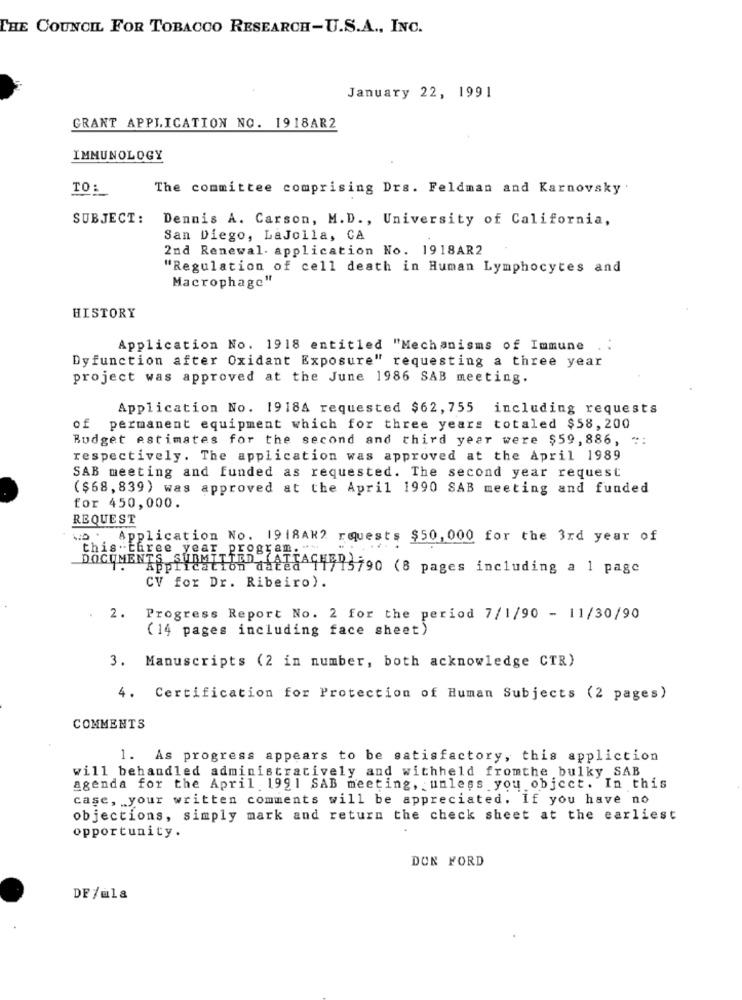
THE COUNCIL FOR TOBACCO RESEARCH-U.S.A ., INC.
January 22, 1991
GRANT APPLICATION NO. 1918AR2
IMMUNOLOGY
TO:
The committee comprising Drs. Feldman and Karnovsky
SUBJECT:
Dennis A. Carson, M.D ., University of California,
San Diego, LaJolla, CA
2nd Renewal. application No. 1918AR2
"Regulation of cell death in Human Lymphocytes and
Macrophage"
HISTORY
Application No. 1918 entitled "Mechanisms of Immune .
Dyfunction after Oxidant Exposure" requesting a three year
project was approved at the June 1986 SAB meeting.
Application No. 1918A requested $62, 755 including requests
of permanent equipment which for three years totaled $58,200
Budget estimates for the second and third year were $59,886, *:
respectively. The application was approved at the April 1989
SAB meeting and funded as requested. The second year request
($68, 839) was approved at the April 1990 SAB meeting and funded
for 450,000.
REQUEST
Application No. 1918AK2 requests $50, 000 for the 3rd year of
this three year_program.""
DOCUMENTS SUBMITTED GALLAGHER3790 (8 pages including a 1 page
CV for Dr. Ribeiro).
2.
Progress Report No. 2 for the period 7/1/90 - 11/30/90
(14 pages including face sheet)
3. Manuscripts (2 in number, both acknowledge CTR)
4. Certification for Protection of Human Subjects (2 pages)
COMMENTS
1. As progress appears to be satisfactory, this appliction
will behandled administratively and withheld fromthe bulky SAB
agenda for the April 1991 SAB meeting, unless you object. In this
case, your written comments will be appreciated. If you have no
objections, simply mark and return the check sheet at the earliest
opportunity.
DON FORD
DF /ula